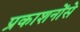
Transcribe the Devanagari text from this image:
प्रकाशनोंसे